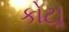
કોટાૢ